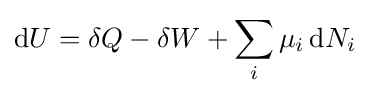
\mathrm {d} U=\delta Q-\delta W+\sum _{i}\mu _{i}\,\mathrm {d} N_{i}